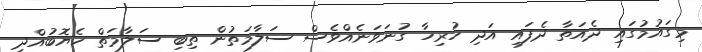
މިގައުމުގައި ދެއަތާ ދެފައި އަދި ހުރިހާ ގުނަވަނެއްވެސް ސަލާމަތުން ތިބި ސަލާމަތް ހެޔޮބުއްދި